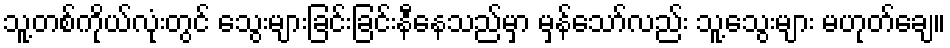
သူ့တစ်ကိုယ်လုံးတွင် သွေးများခြင်းခြင်းနီနေသည်မှာ မှန်သော်လည်း သူ့သွေးများ မဟုတ်ချေ။